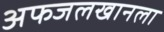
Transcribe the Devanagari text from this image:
अफजलखानला